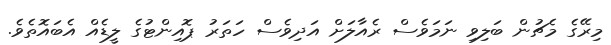
މިރޭގެ މެޗުން ބަލިވި ނަމަވެސް ރެއާލަށް އަދިވެސް ހަތަރު ޕޮއިންޓުގެ ލީޑެއް އެބައޮތެވެ.